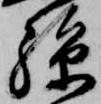
孫